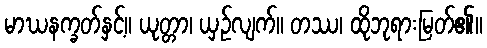
မာဃနက္ခတ်နှင့်။ ယုတ္တာ၊ ယှဉ်လျက်။ တဿ၊ ထိုဘုရားမြတ်၏။